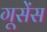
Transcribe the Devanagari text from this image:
गूसेंस